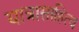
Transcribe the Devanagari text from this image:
यात्रासाहित्य